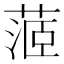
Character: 𦶜